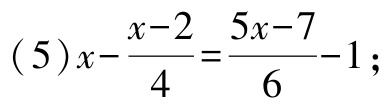
\((5)x - \frac{x - 2}{4} = \frac{5x - 7}{6} - 1;\)